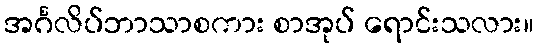
အင်္ဂလိပ်ဘာသာစကား စာအုပ် ရောင်းသလား။